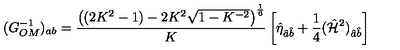
( G _ { O M } ^ { - 1 } ) _ { a b } = { \frac { \left( ( 2 K ^ { 2 } - 1 ) - 2 K ^ { 2 } \sqrt { 1 - K ^ { - 2 } } \right) ^ { \frac { 1 } { 6 } } } { K } } \left[ \hat { \eta } _ { \hat { a } \hat { b } } + { \frac { 1 } { 4 } } ( \hat { { \cal H } } ^ { 2 } ) _ { \hat { a } \hat { b } } \right]